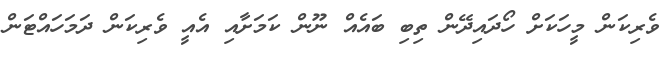
ވެރިކަން މީހަކަށް ހޯދައިދޭން ތިބި ބައެއް ނޫން ކަމަށާއި އެއީ ވެރިކަން ދަމަހައްޓަން